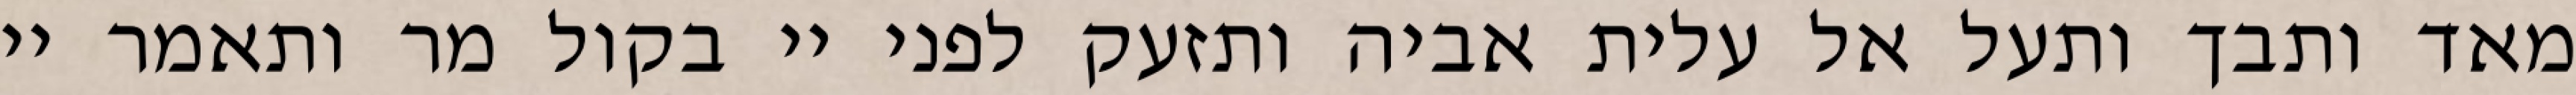
מאד ותבך ותעל אל עלית אביה ותזעק לפני יי בקול מר ותאמר יי